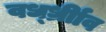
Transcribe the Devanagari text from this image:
वर्ध्ध्रीाव